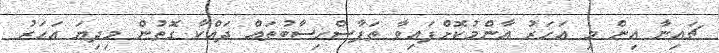
ޗައިނާ އިން މި އަހަރު އާންމުކޮށްފައިވާ ތަފާސްހިސާބުތައް ދައްކާ ގޮތުން މިދިޔަ އަހަރު